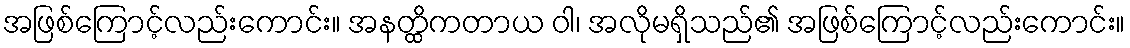
အဖြစ်ကြောင့်လည်းကောင်း။ အနတ္ထိကတာယ ဝါ၊ အလိုမရှိသည်၏ အဖြစ်ကြောင့်လည်းကောင်း။